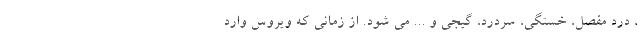
، درد مفصل، خستگی، سردرد، گیجی و ... می شود. از زمانی که ویروس وارد